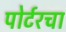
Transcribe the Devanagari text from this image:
पोर्टरचा